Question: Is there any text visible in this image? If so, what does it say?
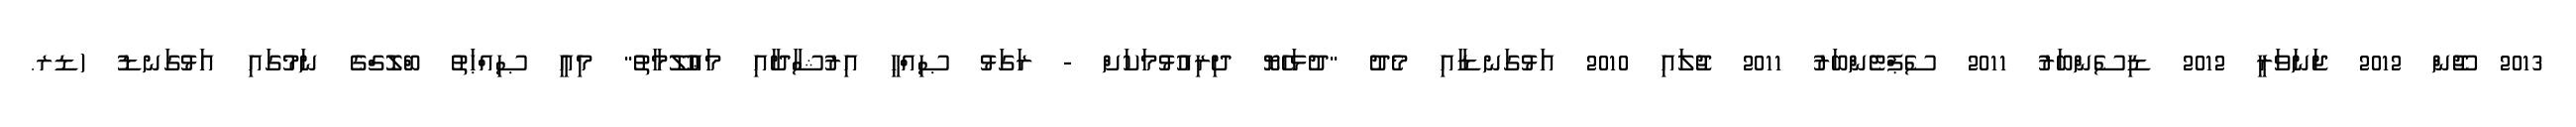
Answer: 2013 ޖޫން 2012 ޖަނަވަރީ 2012 ޑިސެންބަރު 2011 ސެޕްޓެންބަރު 2011 ޖުލައި 2010 އަޅުގަނޑާއި މެދު "ދުޅަހެޔޮ ދިރިއުޅުމަކަށް - ރަގަޅު ޞިއްޙީ އިރުޝާދާއި މަޢުލޫމާތު" މިއީ ޞިއްޙަތު ބްލޮގްގެ ނަމުގައި އަޅުގަނޑު (ޑރ.